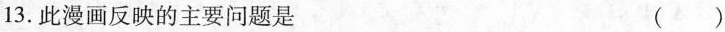
13.此漫画反映的主要问题是 ( )